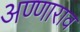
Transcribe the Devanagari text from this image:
अण्णाराव